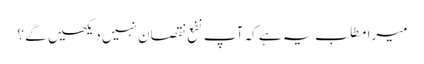
میرا مطلب یہ ہے کہ آپ نفع نقصان نہیں دیکھیں گے ؟